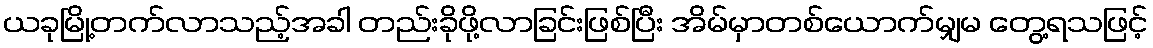
ယခုမြို့တက်လာသည့်အခါ တည်းခိုဖို့လာခြင်းဖြစ်ပြီး အိမ်မှာတစ်ယောက်မျှမ တွေ့ရသဖြင့်